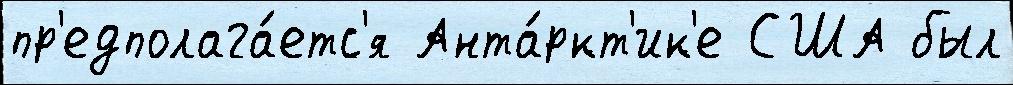
пр'едполага́етс'я Анта́ркт'ик'е США был